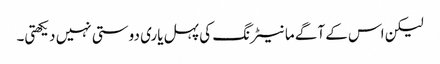
لیکن اس کے آگے مانیٹرنگ کی پہل یاری دوستی نہیں دیکھتی۔